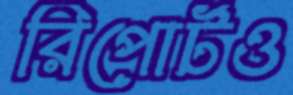
রিপোর্টও